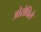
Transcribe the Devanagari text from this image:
ओरोविले